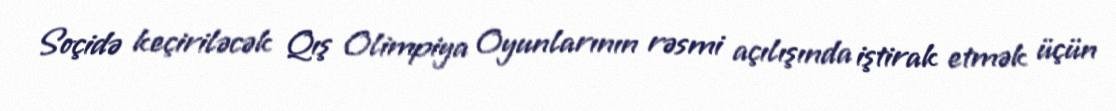
Soçidə keçiriləcək Qış Olimpiya Oyunlarının rəsmi açılışında iştirak etmək üçün